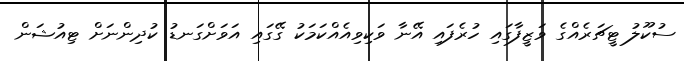
ސުކޫލު ޓީޗަރެއްގެ ވަޒީފާގައި ހުރެފައި އޭނާ ވަކިވިއެއްކަމަކު ގޭގައި އަވަށްގަނޑު ކުދިންނަށް ޓިއުޝަން